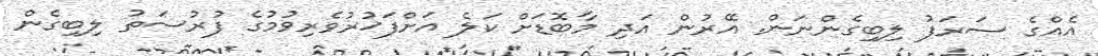
އެއްގެ ސަރަފު ލިބިގެންނަން. އޭރުން އަދި މާބޮޑަށް ކަލެ އަށްފަޚުރުވެރިވުމުގެ ފުރުސަތު ލިބިގެން